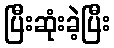
ပြီးဆုံးခဲ့ပြီး